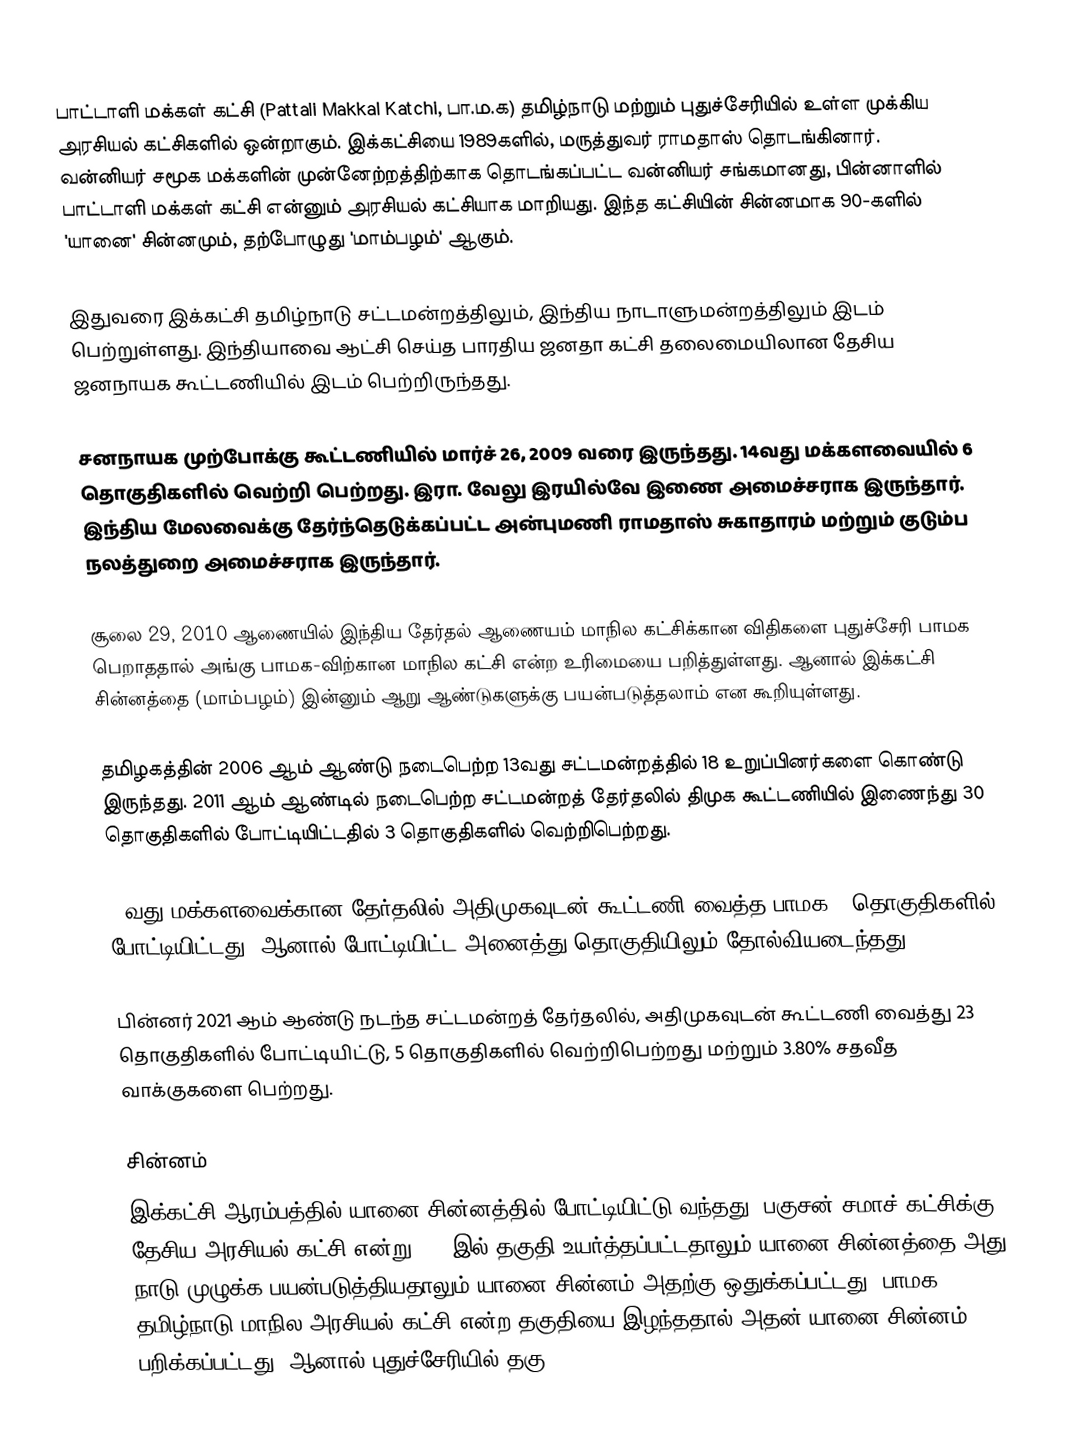
பாட்டாளி மக்கள் கட்சி (Pattali Makkal Katchi, பா.ம.க) தமிழ்நாடு மற்றும் புதுச்சேரியில் உள்ள முக்கிய அரசியல் கட்சிகளில் ஒன்றாகும். இக்கட்சியை 1989களில், மருத்துவர் ராமதாஸ் தொடங்கினார். வன்னியர் சமூக மக்களின் முன்னேற்றத்திற்காக தொடங்கப்பட்ட வன்னியர் சங்கமானது, பின்னாளில் பாட்டாளி மக்கள் கட்சி என்னும் அரசியல் கட்சியாக மாறியது. இந்த கட்சியின் சின்னமாக  90-களில் 'யானை' சின்னமும், தற்போழுது 'மாம்பழம்' ஆகும்.

இதுவரை இக்கட்சி தமிழ்நாடு சட்டமன்றத்திலும், இந்திய நாடாளுமன்றத்திலும் இடம் பெற்றுள்ளது. இந்தியாவை ஆட்சி செய்த பாரதிய ஜனதா கட்சி தலைமையிலான தேசிய ஜனநாயக கூட்டணியில் இடம் பெற்றிருந்தது.

சனநாயக முற்போக்கு கூட்டணியில் மார்ச் 26, 2009 வரை இருந்தது. 14வது மக்களவையில் 6 தொகுதிகளில் வெற்றி பெற்றது. இரா. வேலு இரயில்வே இணை அமைச்சராக இருந்தார். இந்திய மேலவைக்கு தேர்ந்தெடுக்கப்பட்ட அன்புமணி ராமதாஸ் சுகாதாரம் மற்றும் குடும்ப நலத்துறை அமைச்சராக இருந்தார்.

சூலை 29, 2010 ஆணையில் இந்திய தேர்தல் ஆணையம் மாநில கட்சிக்கான விதிகளை புதுச்சேரி பாமக பெறாததால் அங்கு பாமக-விற்கான மாநில கட்சி என்ற உரிமையை பறித்துள்ளது. ஆனால் இக்கட்சி சின்னத்தை (மாம்பழம்) இன்னும் ஆறு ஆண்டுகளுக்கு பயன்படுத்தலாம் என கூறியுள்ளது.

தமிழகத்தின் 2006 ஆம் ஆண்டு நடைபெற்ற 13வது சட்டமன்றத்தில் 18 உறுப்பினர்களை கொண்டு இருந்தது. 2011 ஆம் ஆண்டில் நடைபெற்ற சட்டமன்றத் தேர்தலில் திமுக கூட்டணியில் இணைந்து 30 தொகுதிகளில் போட்டியிட்டதில் 3 தொகுதிகளில் வெற்றிபெற்றது.

15வது மக்களவைக்கான தேர்தலில் அதிமுகவுடன் கூட்டணி வைத்த பாமக 7 தொகுதிகளில் போட்டியிட்டது. ஆனால் போட்டியிட்ட அனைத்து தொகுதியிலும் தோல்வியடைந்தது.

பின்னர் 2021 ஆம் ஆண்டு நடந்த சட்டமன்றத் தேர்தலில், அதிமுகவுடன் கூட்டணி வைத்து 23 தொகுதிகளில் போட்டியிட்டு, 5 தொகுதிகளில் வெற்றிபெற்றது மற்றும் 3.80% சதவீத வாக்குகளை பெற்றது.

சின்னம்
இக்கட்சி ஆரம்பத்தில் யானை சின்னத்தில் போட்டியிட்டு வந்தது. பகுசன் சமாச் கட்சிக்கு தேசிய அரசியல் கட்சி என்று 1997இல் தகுதி உயர்த்தப்பட்டதாலும் யானை சின்னத்தை அது நாடு முழுக்க பயன்படுத்தியதாலும் யானை சின்னம் அதற்கு ஒதுக்கப்பட்டது. பாமக தமிழ்நாடு மாநில அரசியல் கட்சி என்ற தகுதியை இழந்ததால் அதன் யானை சின்னம் பறிக்கப்பட்டது. ஆனால் புதுச்சேரியில் தகு